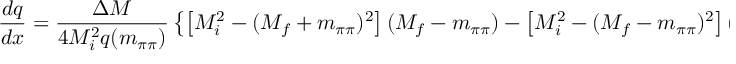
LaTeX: \frac { d q } { d x } = \frac { \Delta M } { 4 M _ { i } ^ { 2 } q ( m _ { \pi \pi } ) } \left\{ \left[ M _ { i } ^ { 2 } - ( M _ { f } + m _ { \pi \pi } ) ^ { 2 } \right] ( M _ { f } - m _ { \pi \pi } ) - \left[ M _ { i } ^ { 2 } - ( M _ { f } - m _ { \pi \pi } ) ^ { 2 } \right] ( M _ { f } + m _ { \pi \pi } ) \right\} .